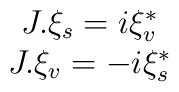
\begin{array}{c}J.\xi_s=i\xi^*_v\\J.\xi_v=-i\xi^*_s\end{array}